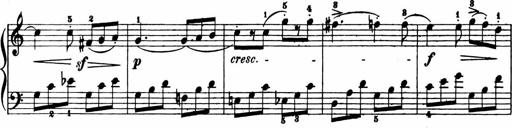
Title: 11 Sonatinas for Piano Solo
Composer: Anton Diabelli